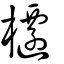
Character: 櫏